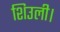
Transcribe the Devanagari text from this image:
शिउली।